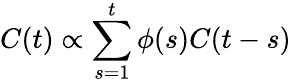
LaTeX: C(t)\propto\sum_{s=1}^{t}\phi(s)C(t-s)